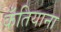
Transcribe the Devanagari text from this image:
कँतियाना